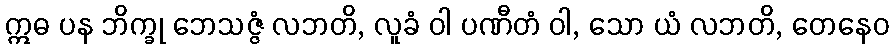
ဣဓ ပန ဘိက္ခု ဘေသဇ္ဇံ လဘတိ, လူခံ ဝါ ပဏီတံ ဝါ, သော ယံ လဘတိ, တေနေဝ